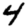
Digit: 4